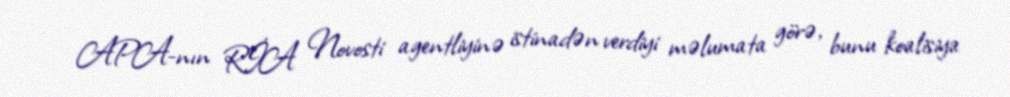
APA-nın RİA Novosti agentliyinə istinadən verdiyi məlumata görə, bunu koalisiya